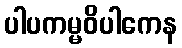
ပါပကမ္မဝိပါကေန